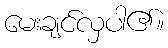
မေးချင်လှပါ၏။